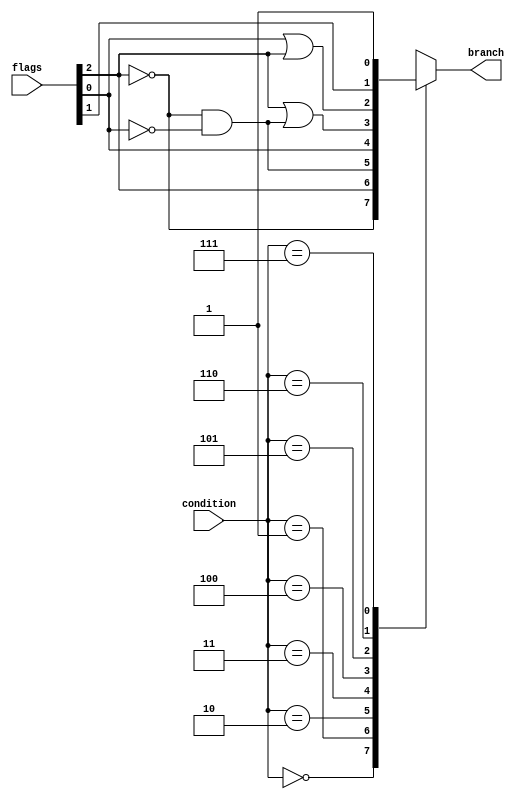
module br_control (input [2:0] condition, input [2:0] flags, output reg branch);

always @* case (condition)
	3'b000 : begin
		branch = ~flags[2];
	end

	3'b001 : begin
		branch = flags[2];
	end

	3'b010 : begin
		branch = (~flags[2] & ~flags[0]);
	end

	3'b011 : begin
		branch = flags[0];
	end

	3'b100 : begin
		branch = flags[2] | (~flags[2] & ~flags[0]);
	end

	3'b101 : begin
		branch = flags[0] | flags[2];
	end

	3'b110 : begin
		branch = flags[1];
	end

	3'b111 : begin
		branch = 1;
	end
endcase
endmodule